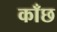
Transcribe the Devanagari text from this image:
काँछ